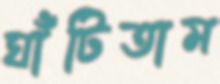
ঘাঁটিতাম